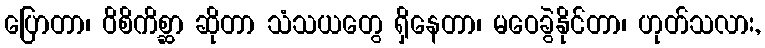
ပြောတာ၊ ဝိစိကိစ္ဆာ ဆိုတာ သံသယတွေ ရှိနေတာ၊ မဝေခွဲနိုင်တာ၊ ဟုတ်သလား,